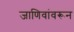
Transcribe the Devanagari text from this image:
जाणिवांवरून